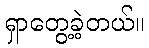
ရှာတွေ့ခဲ့တယ်။